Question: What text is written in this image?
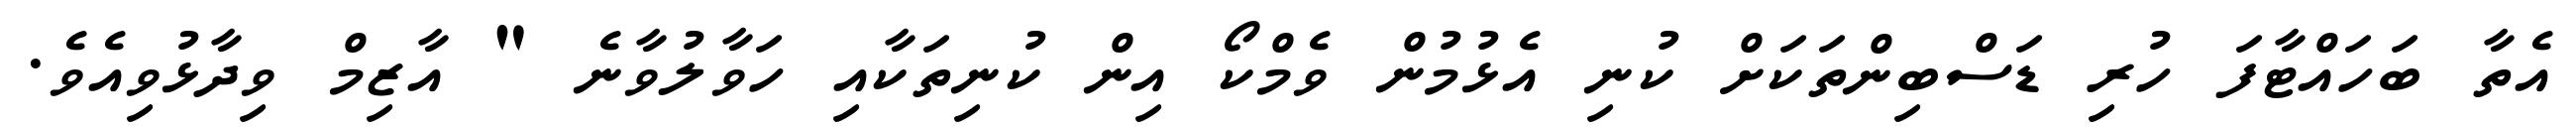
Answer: އެތާ ބަހައްޓާފަ ހުރި ޑަސްބިންތަކަށް ކުނި އެޅުމުން ވެމްކޯ އިން ކުނިތަކާއި ހަވާލުވާނެ " އާޒިމް ވިދާޅުވިއެވެ.